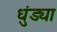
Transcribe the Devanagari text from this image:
धुंड्या